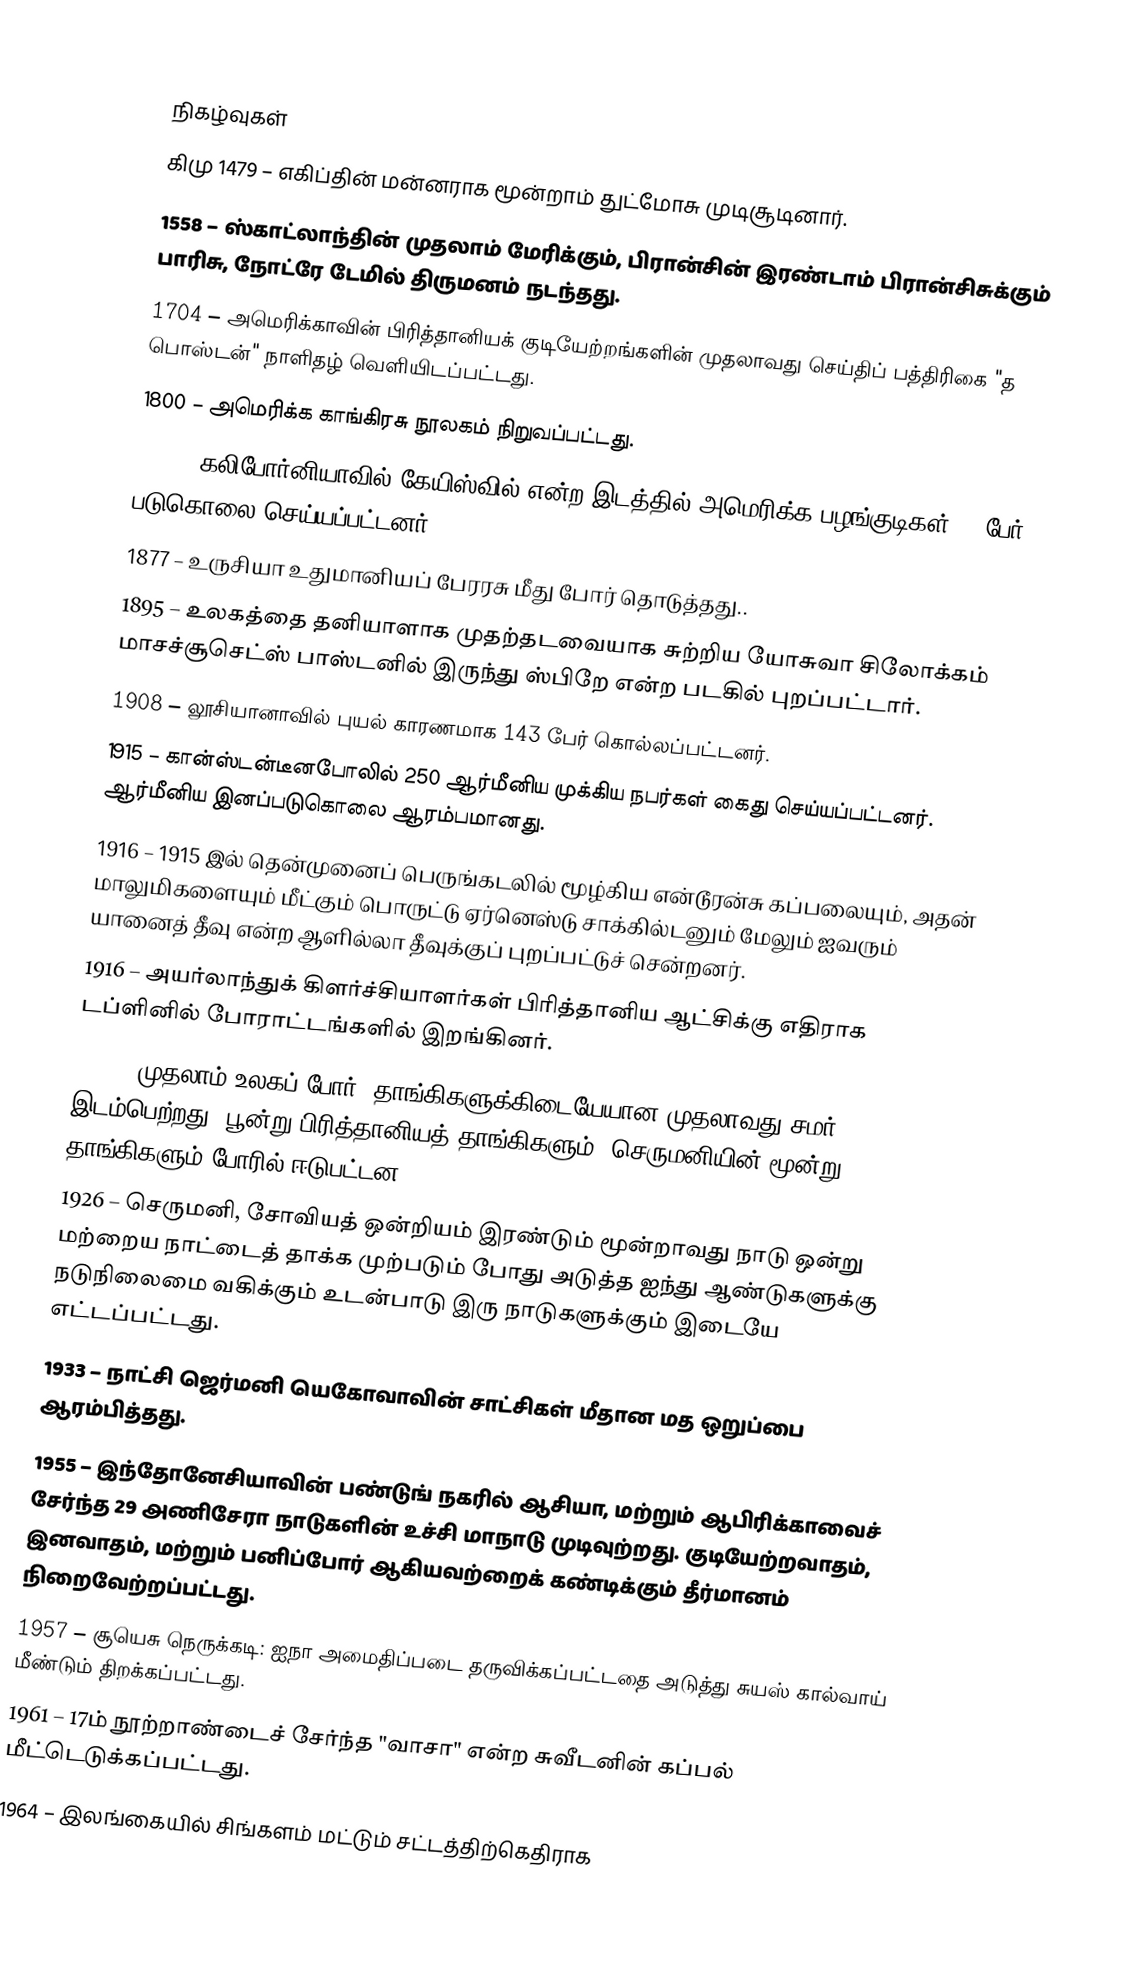

நிகழ்வுகள்
கிமு 1479 – எகிப்தின் மன்னராக மூன்றாம் துட்மோசு முடிசூடினார்.
1558 – ஸ்காட்லாந்தின் முதலாம் மேரிக்கும், பிரான்சின் இரண்டாம் பிரான்சிசுக்கும் பாரிசு, நோட்ரே டேமில் திருமனம் நடந்தது.
1704 – அமெரிக்காவின் பிரித்தானியக் குடியேற்றங்களின் முதலாவது செய்திப் பத்திரிகை "த பொஸ்டன்" நாளிதழ் வெளியிடப்பட்டது.
1800 – அமெரிக்க காங்கிரசு நூலகம் நிறுவப்பட்டது.
1863 – கலிபோர்னியாவில் கேயிஸ்வில் என்ற இடத்தில் அமெரிக்க பழங்குடிகள் 53 பேர் படுகொலை செய்யப்பட்டனர்.
1877 – உருசியா உதுமானியப் பேரரசு மீது போர் தொடுத்தது..
1895 – உலகத்தை தனியாளாக முதற்தடவையாக சுற்றிய யோசுவா சிலோக்கம் மாசச்சூசெட்ஸ் பாஸ்டனில் இருந்து ஸ்பிறே என்ற படகில் புறப்பட்டார்.
1908 – லூசியானாவில் புயல் காரணமாக 143 பேர் கொல்லப்பட்டனர்.
1915 – கான்ஸ்டன்டீனபோலில் 250 ஆர்மீனிய முக்கிய நபர்கள் கைது செய்யப்பட்டனர். ஆர்மீனிய இனப்படுகொலை ஆரம்பமானது.
1916 – 1915 இல் தென்முனைப் பெருங்கடலில் மூழ்கிய என்டூரன்சு கப்பலையும், அதன் மாலுமிகளையும் மீட்கும் பொருட்டு ஏர்னெஸ்டு சாக்கில்டனும் மேலும் ஐவரும் யானைத் தீவு என்ற ஆளில்லா தீவுக்குப் புறப்பட்டுச் சென்றனர்.
1916 – அயர்லாந்துக் கிளர்ச்சியாளர்கள் பிரித்தானிய ஆட்சிக்கு எதிராக டப்ளினில் போராட்டங்களில் இறங்கினர்.
1918 – முதலாம் உலகப் போர்: தாங்கிகளுக்கிடையேயான முதலாவது சமர் இடம்பெற்றது. பூன்று பிரித்தானியத் தாங்கிகளும், செருமனியின் மூன்று தாங்கிகளும் போரில் ஈடுபட்டன.
1926 – செருமனி, சோவியத் ஒன்றியம் இரண்டும் மூன்றாவது நாடு ஒன்று மற்றைய நாட்டைத் தாக்க முற்படும் போது அடுத்த ஐந்து ஆண்டுகளுக்கு நடுநிலைமை வகிக்கும் உடன்பாடு இரு நாடுகளுக்கும் இடையே எட்டப்பட்டது.
1933 – நாட்சி ஜெர்மனி யெகோவாவின் சாட்சிகள் மீதான மத ஒறுப்பை ஆரம்பித்தது.
1955 – இந்தோனேசியாவின் பண்டுங் நகரில் ஆசியா, மற்றும் ஆபிரிக்காவைச் சேர்ந்த 29 அணிசேரா நாடுகளின் உச்சி மாநாடு முடிவுற்றது. குடியேற்றவாதம், இனவாதம், மற்றும் பனிப்போர் ஆகியவற்றைக் கண்டிக்கும் தீர்மானம் நிறைவேற்றப்பட்டது.
1957 – சூயெசு நெருக்கடி: ஐநா அமைதிப்படை தருவிக்கப்பட்டதை அடுத்து சுயஸ் கால்வாய் மீண்டும் திறக்கப்பட்டது.
1961 – 17ம் நூற்றாண்டைச் சேர்ந்த "வாசா" என்ற சுவீடனின் கப்பல் மீட்டெடுக்கப்பட்டது.
1964 – இலங்கையில் சிங்களம் மட்டும் சட்டத்திற்கெதிராக